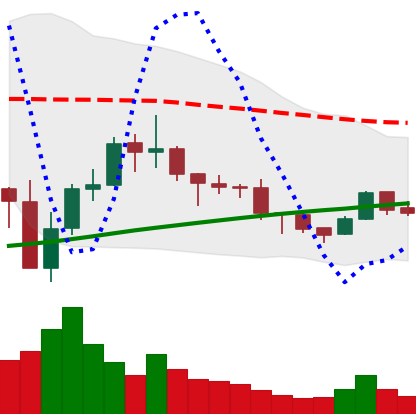
Ticker: BNB-USD
Chart end date: 2019-08-03
Forward return: 10.552%
Label: up_7plus